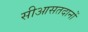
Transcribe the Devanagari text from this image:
सीआसतदानों